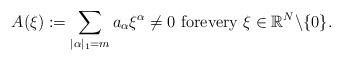
LaTeX: \begin{align*}A(\xi ):=\sum_{|\alpha |_{1}=m}a_{\alpha }\xi ^{\alpha }\neq 0\text{ forevery }\xi \in \Bbb{R}^{N}\backslash \{0\}. \end{align*}